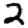
Digit: 2